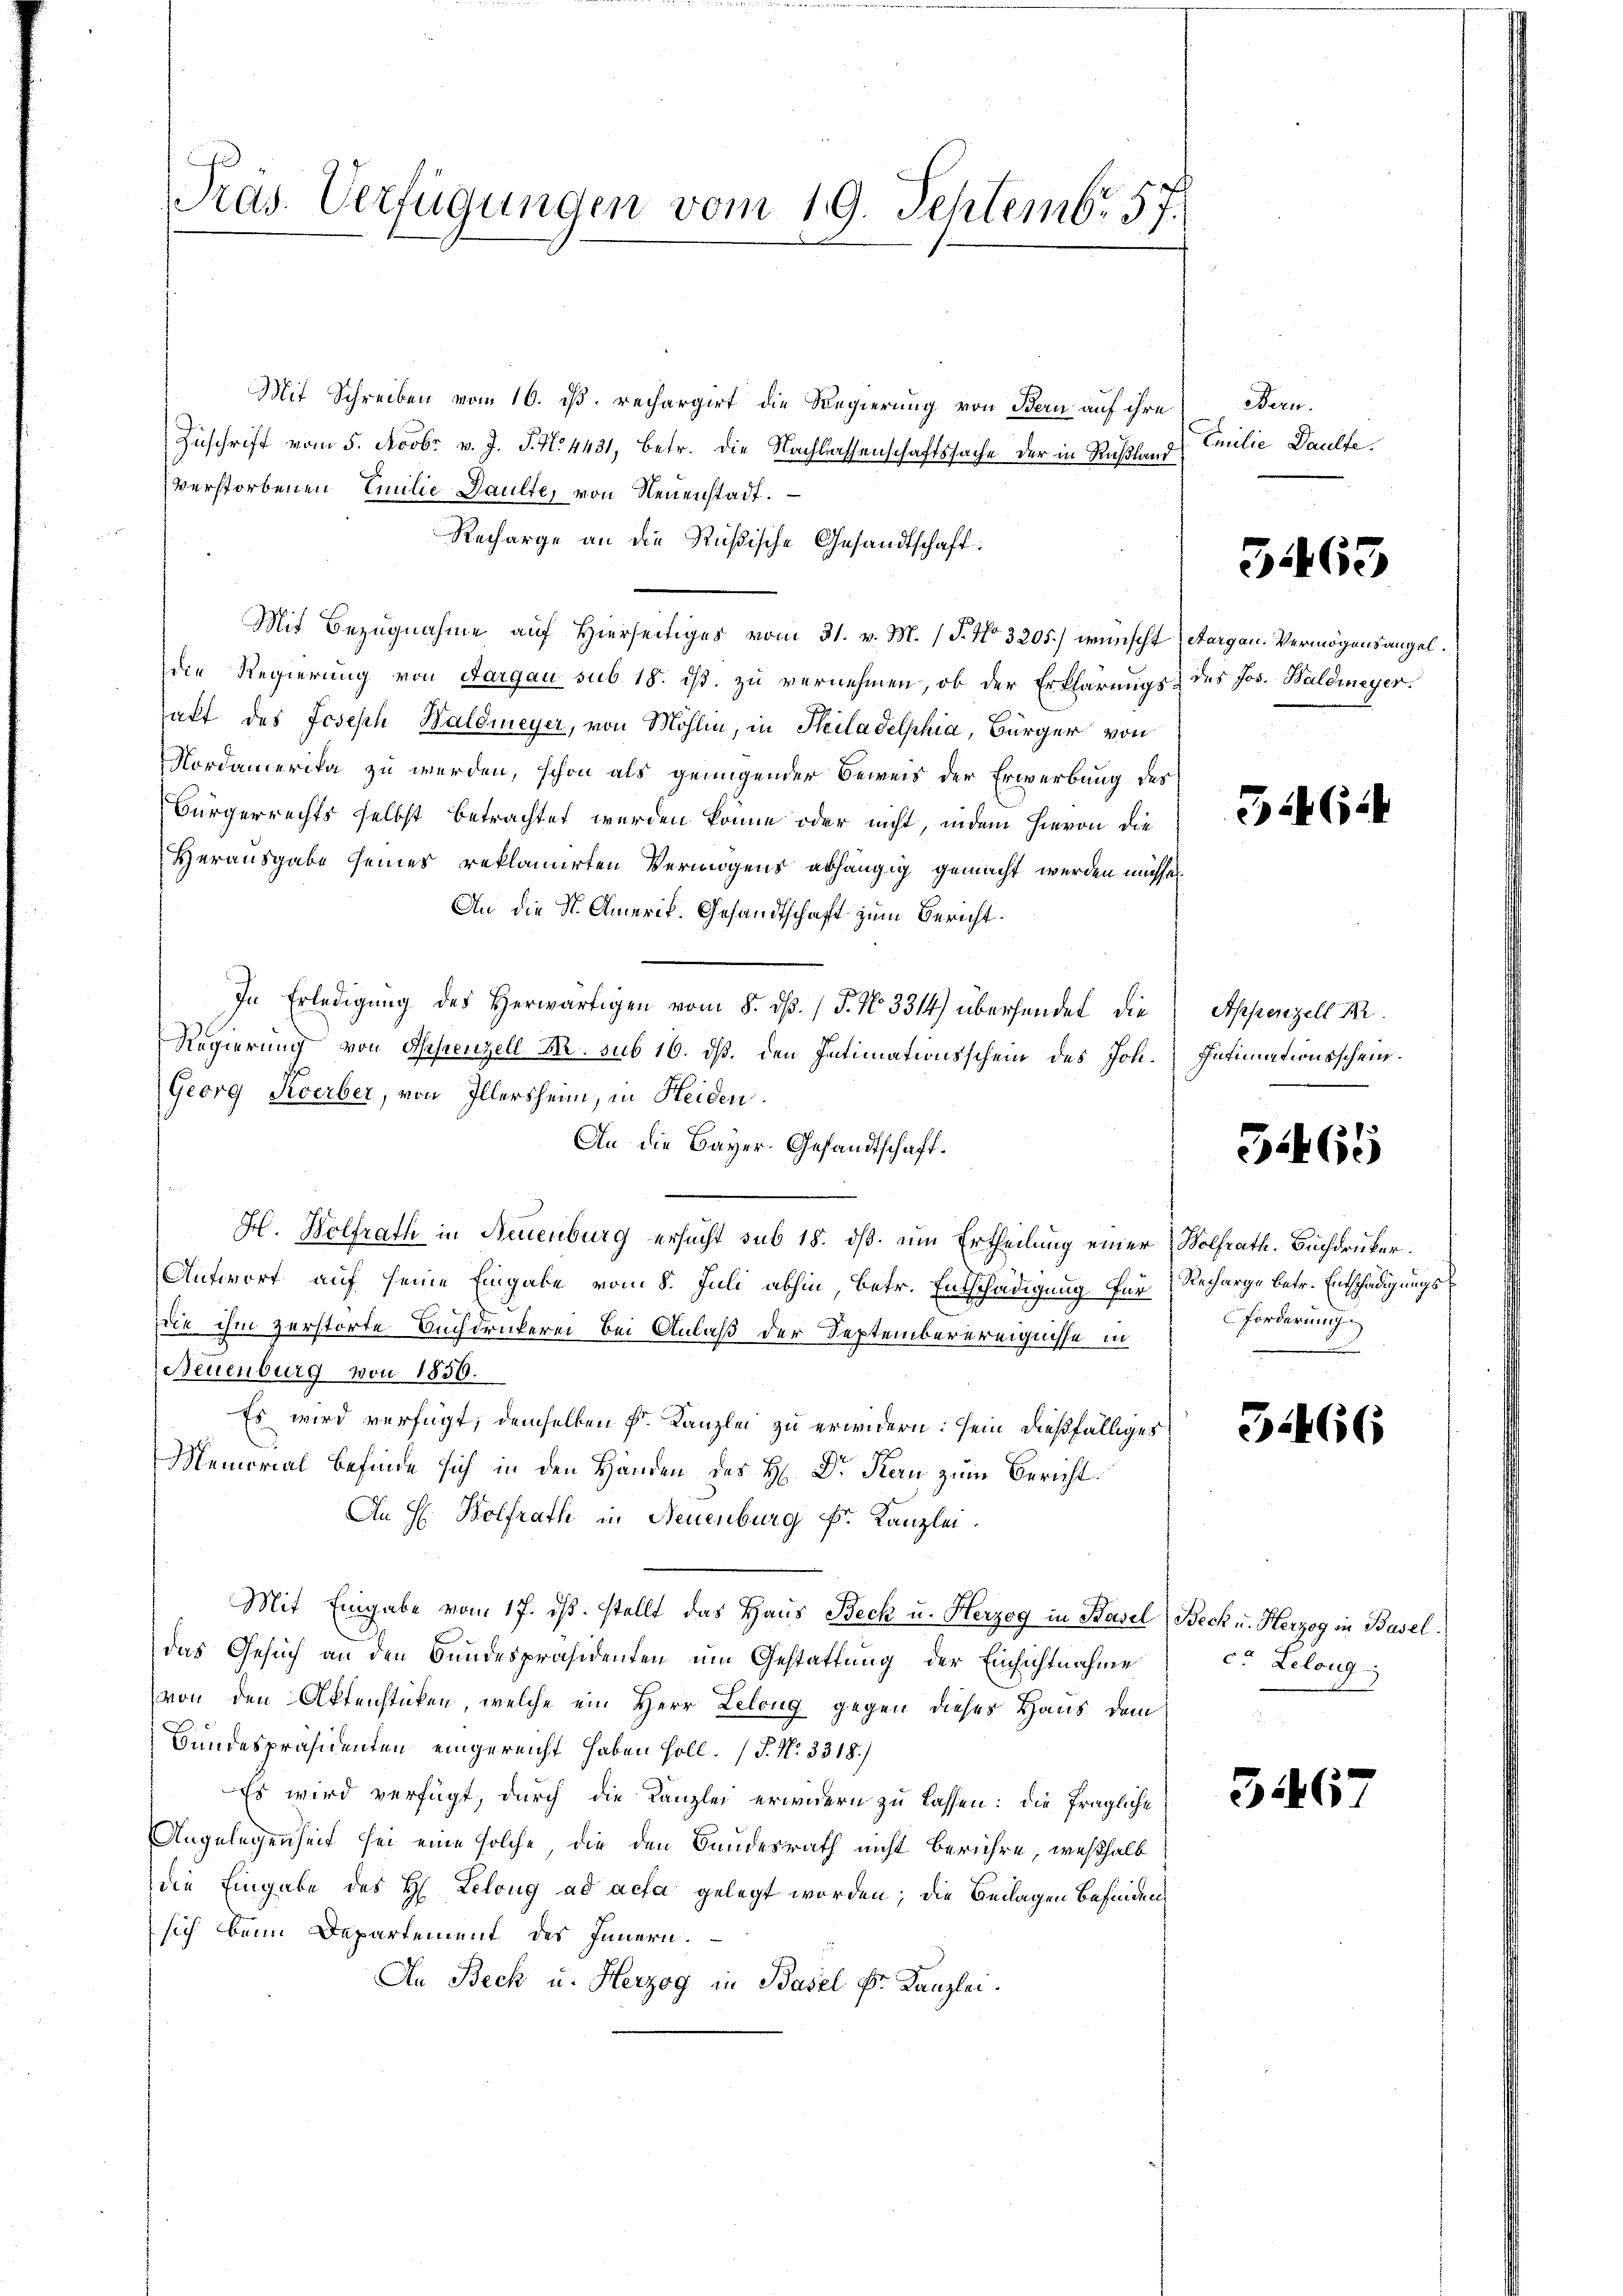
Präs. Verfügungen vom 19. Septembr. 57.

Mit Schreiben vom 16. ds. rechargirt die Regierung von Bern auf ihre
Zuschrift vom 5. Novbr. v. J. J. N. 4431, betr. die Nachlassenschaftssache der in Rußland
verstorbenen Emilie Paulte, von Neuenstadt.
Recharge an die Rußische Gesandtschaft:
Mit Bezugnahme auf Hierseitiges vom 31. v. M. (T. No 3205.) wünscht (Aargau. Vermögensangeldie Regierung von Aargau sub 18. ist. zu vernehmen, ob der Erklärungs- des Jos. Haldmeyer.
sakt des Joseph Waldmeyer, von Möhlin, in Philadelphia, Bürger von
Nordamerika zu werden, schon als genügender Beweis der Erwerbung des
Bürgerrechts selbst betrachtet werden könne oder nicht, indem hievon die
Herausgabe seines reklamirten Vermögens abhängig gemacht werden müssen.
An die St. Amerik. Gesandtschaft zum Bericht.
In Erledigung des Herwärtigen vom 8. dß. / P. No 3314) übersendet, die
Regierung von Appenzell M. sub 16. dß. den Intimationsschein des Joh.
Georg Keverber, von Illersheim, in Heiden.
An die Bayer.-Gesandtschaft¬
H. Wolfrath in Neuenburg ersucht sub 18. ds. um Ertheilung einer Wolfrath. Buchdrucker.
Antwort auf seine Eingabe vom 8. Juli abhin, betr. Entschädigung für Recharge betr. Entschädigungsdie ihm zerstörte Buchdruckerei bei Anlaß der Septemberereignisse in
Neuenburg von 1856.
Es wird verfügt, demselben Fr. Kanzlei zu erwidern: sein dießfälliges
Memorial befinde sich in den Händen des H. Dr. Kan zum Bericht
An H. Bolfrath in Neuenburg k. Kanzlei.
Mit Eingabe vom 17. ds. stellt das Haus Beck u. Herzog in Basel, Beck u. Herzog in Basel.
das Gesuch an den Bundespräsidenten um Gestattung der Einsichtnahme
von den Aktenstücken, welche ein Herr Leloug gegen dieses Haus dem
Bundespräsidenten eingereicht haben soll. (T. No. 3318)
Es wird verfügt, durch die Kanzlei erwidern zu lassen: die fragliche
Angelegenheit sei eine solche die den Bundesrath nicht berühre, weßhalb
die Eingabe des H. Leloug ad acta gelegt worden; die Beilagen befinden,
sich beim Departement des Innern.
An Beck u. Herzog in Basel kr. Kanzlei.

Bern.
Emilie Daulte.

3463

364

Appenzell A.
Intimationsschein.

51465

forderung

31466

co Leloug

346.